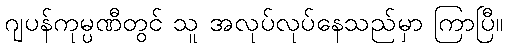
ဂျပန်ကုမ္ပဏီတွင် သူ အလုပ်လုပ်နေသည်မှာ ကြာပြီ။